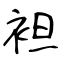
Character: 袒